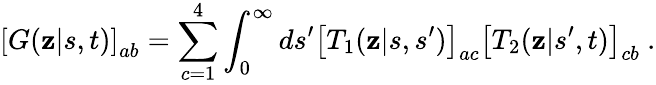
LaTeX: \left[G(\mathbf{z}|s,t)\right]_{ab}=\sum_{c=1}^{4}\int_{0}^{\infty}ds^{\prime}\left[T_{1}(\mathbf{z}|s,s^{\prime})\right]_{ac}\left[T_{2}(\mathbf{z}|s^{\prime},t)\right]_{cb}\ .